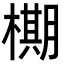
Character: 𬄙